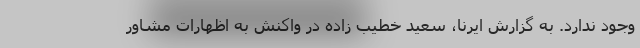
وجود ندارد. به گزارش ایرنا، سعید خطیب زاده در واکنش به اظهارات مشاور